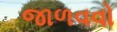
જાળવવો